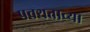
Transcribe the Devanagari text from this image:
पवथताच्या